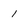
Character: 1